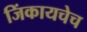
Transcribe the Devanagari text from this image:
जिंकायचेच